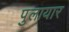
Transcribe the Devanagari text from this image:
पुलायार